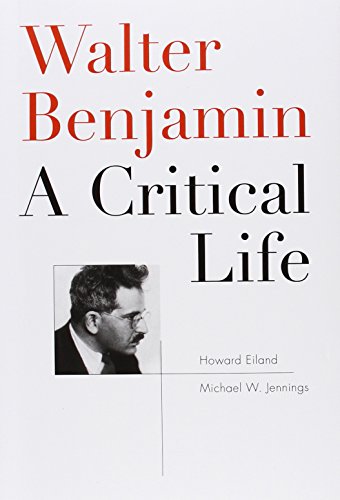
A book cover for Walter Benjamin: A Critical Life; Howard Eiland; Biographies & Memoirs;